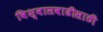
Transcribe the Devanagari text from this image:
विश्‍वासवाढीसाठी